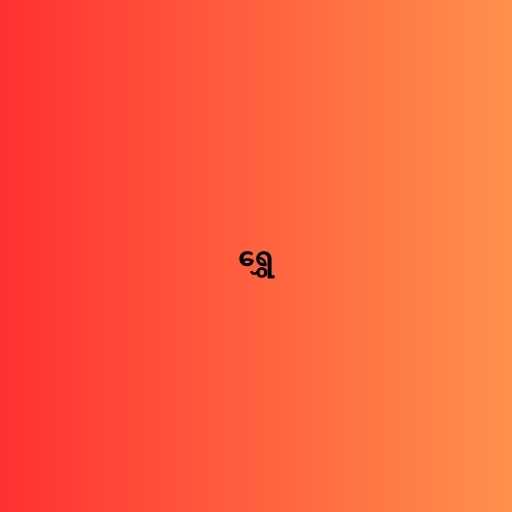
ရွှေ